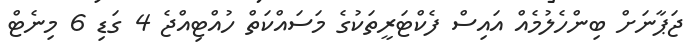
ޖަޕާނަށް ބިންހެލުމެއް އައިސް ފެކްޓަރީތަކުގެ މަސައްކަތް ހުއްޓިއްޖެ 4 ގަޑި 6 މިނެޓް